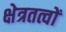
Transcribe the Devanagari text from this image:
क्षेत्रतत्वों